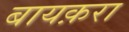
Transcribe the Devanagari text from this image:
बायक़रा